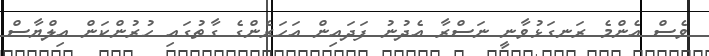
ވެސް އެންމެ ރަނގަޅުވާނީ ނަސްރާ އެދުނު ފަދައިން އަހަރެންގެ ގާތުގައި ހުރުންކަން އިލްޔާސް